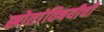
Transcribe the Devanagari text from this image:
स्रोतांविषयीची